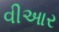
વીઆર